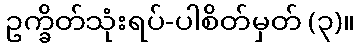
ဥက္ခိတ်သုံးရပ်-ပါစိတ်မှတ် (၃)။